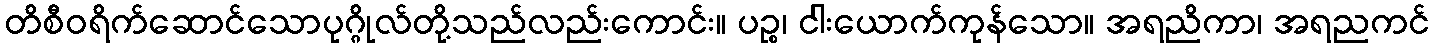
တိစီဝရိက်ဆောင်သောပုဂ္ဂိုလ်တို့သည်လည်းကောင်း။ ပဉ္စ၊ ငါးယောက်ကုန်သော။ အရညိကာ၊ အရညကင်